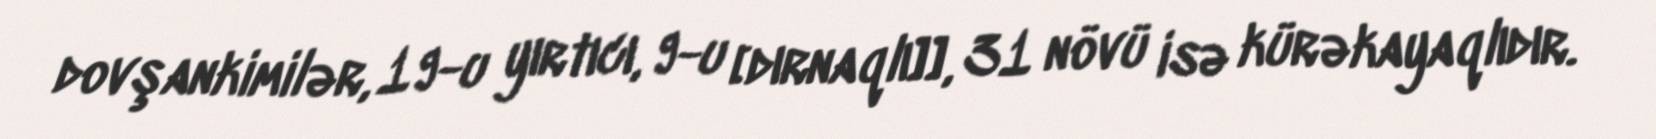
dovşankimilər, 19-u yırtıcı, 9-u [dırnaqlı]], 31 növü isə kürəkayaqlıdır.